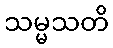
သမ္မသတိ